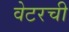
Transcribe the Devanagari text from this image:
वेटरची